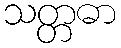
သတ္တဓာ